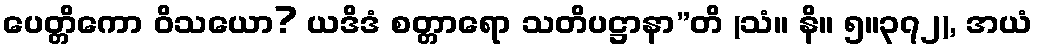
ပေတ္တိကော ဝိသယော? ယဒိဒံ စတ္တာရော သတိပဋ္ဌာနာ”တိ (သံ။ နိ။ ၅။၃၇၂), အယံ